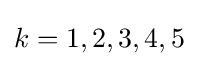
k=1,2,3,4,5